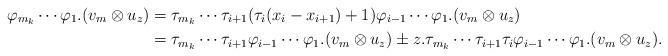
LaTeX: \begin{align*} \varphi_{m_k} \cdots \varphi_1.(v_m \otimes u_z) &= \tau_{m_k} \cdots \tau_{i+1} (\tau_i (x_i - x_{i+1})+1) \varphi_{i-1} \cdots \varphi_1.(v_m \otimes u_z) \\ &= \tau_{m_k} \cdots \tau_{i+1} \varphi_{i-1} \cdots \varphi_1 . (v_m \otimes u_z) \pm z . \tau_{m_k} \cdots \tau_{i+1} \tau_i \varphi_{i-1} \cdots \varphi_1 . (v_m \otimes u_z). \end{align*}